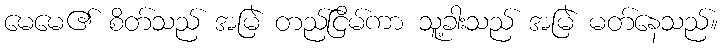
မေမေ၏ စိတ်သည် အမြဲ တည်ငြိမ်ကာ သူ့ခါးသည် အမြဲ မတ်နေသည်။